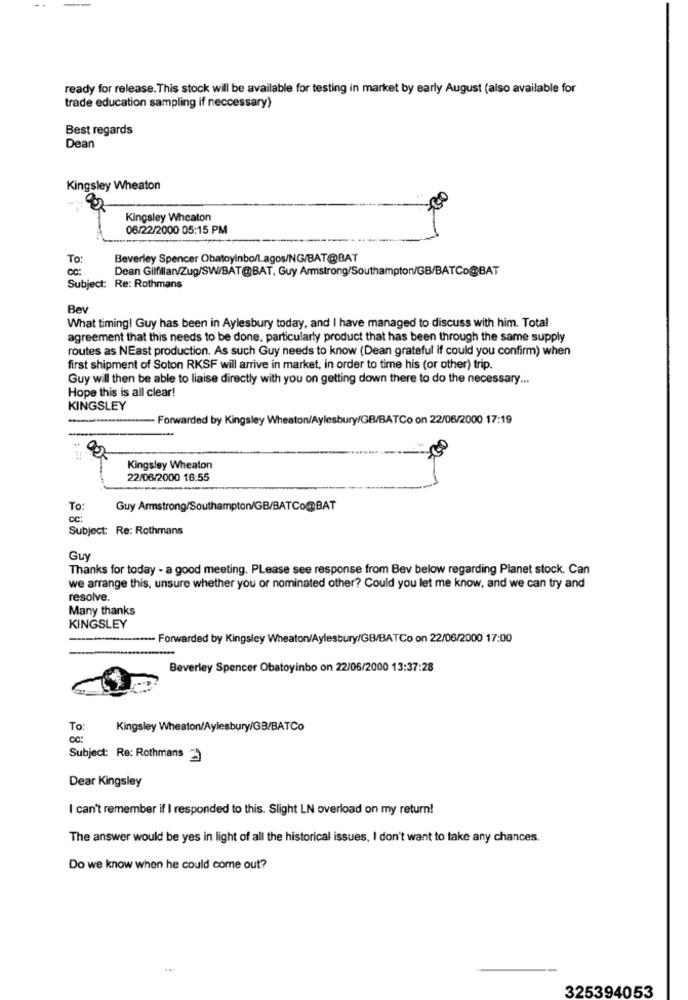
ready for release. This stock will be available for testing in market by early August (also available for
trade education sampling if neccessary)
Best regards
Dean
Kingsley Wheaton
Kingsley Wheaton
06/22/2000 05:15 PM
To:
Beverley Spencer Obatoyinbo/Lagos/NG/BAT@BAT
Dean Gilfillan/Zug/SW/BAT@BAT, Guy Armstrong/Southampton/GB/BATCo@BAT
Subject: Re: Rothmans
Bev
What timing! Guy has been in Aylesbury today, and I have managed to discuss with him. Total
agreement that this needs to be done, particularly product that has been through the same supply
routes as NEast production. As such Guy needs to know (Dean grateful if could you confirm) when
first shipment of Soton RKSF will arrive in market, in order to time his (or other) trip.
Guy will then be able to liaise directly with you on getting down there to do the necessary ...
Hope this is all clear!
KINGSLEY
Forwarded by Kingsley Wheaton/Aylesbury/GB/BATCo on 22/06/2000 17:19
Kingsley Wheaton
22/06/2000 16:55
To:
Guy Armstrong/Southampton/GB/BATCo@BAT
cc:
Subject: Re: Rothmans
Guy
Thanks for today - a good meeting. Please see response from Bev below regarding Planet stock. Can
we arrange this, unsure whether you or nominated other? Could you let me know, and we can try and
resolve.
Many thanks
KINGSLEY
---- Forwarded by Kingsley Wheaton/Aylesbury/GB/BATCo on 22/06/2000 17:00
Beverley Spencer Obatoyinbo on 22/06/2000 13:37:28
To
Kingsley Wheaton/Aylesbury/GB/BATCo
Subject: Re: Rothmans
Dear Kingsley
I can't remember if I responded to this. Slight LN overload on my return!
The answer would be yes in light of all the historical issues, I don't want to take any chances.
Do we know when he could come out?
325394053